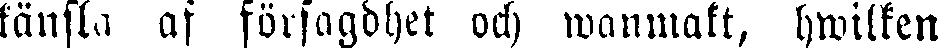
känsla af försagdhet och wanmakt, hwilken